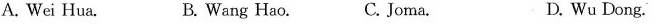
A.Wei Hua. B.Wang Hao. C.Joma. D.Wu Dong